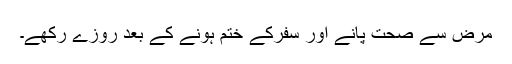
مرض سے صحت پانے اور سفرکے ختم ہونے کے بعد روزے رکھے۔